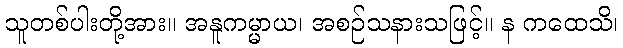
သူတစ်ပါးတို့အား။ အနူကမ္မာယ၊ အစဉ်သနားသဖြင့်။ န ကထေသိ၊